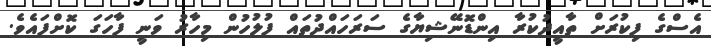
އެސްގެ ފިކުރަށް ތާއީދުކުރާ އިންޑޮނޭޝިޔާގެ ސަރަހައްދުތައް ފުލުހުން މިހާރު ވަނީ ފާހަގަ ކޮށްފައެވެ.